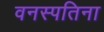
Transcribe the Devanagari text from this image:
वनस्पतिना